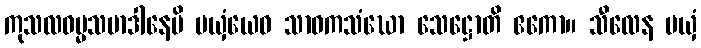
ကုသလဓမ္မသမာဒါနေပိ မယှံယေဝ သာဝကသံဃော သေဋ္ဌောတိ ဧကော။ သီလေန မယှံ